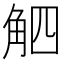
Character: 𧣛